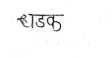
मजकूर: धडक